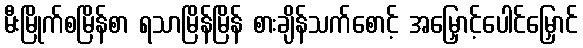
မီးမြိုက်စမြိန်စာ ရသာမြိန်မြိန် စားချိန်သက်စောင့် အမြှောင့်ပေါင်မြှောင်